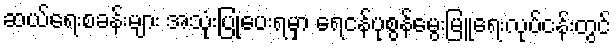
ဆယ်ရေးစခန်းများ အသုံးပြုပေးရမှာ ရေငန်ပုစွန်မွေးမြူရေးလုပ်ငန်းတွင်